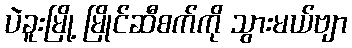
ပဲခူးမြို့ မြိုင်ဆီစက်ကို သွားမယ်ဗျာ